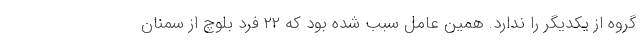
گروه از یکدیگر را ندارد. همین عامل سبب شده بود که ۲۲ فرد بلوچ از سمنان